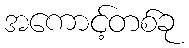
အကောင့်တစ်ခု